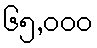
၆၅,၀၀၀